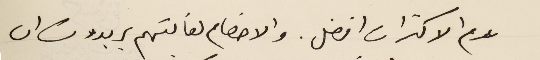
عدم الاكتراث افضل. والاخصام لغايتهم يريدون ان